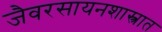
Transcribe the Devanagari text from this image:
जैवरसायनशास्त्रात